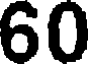
60